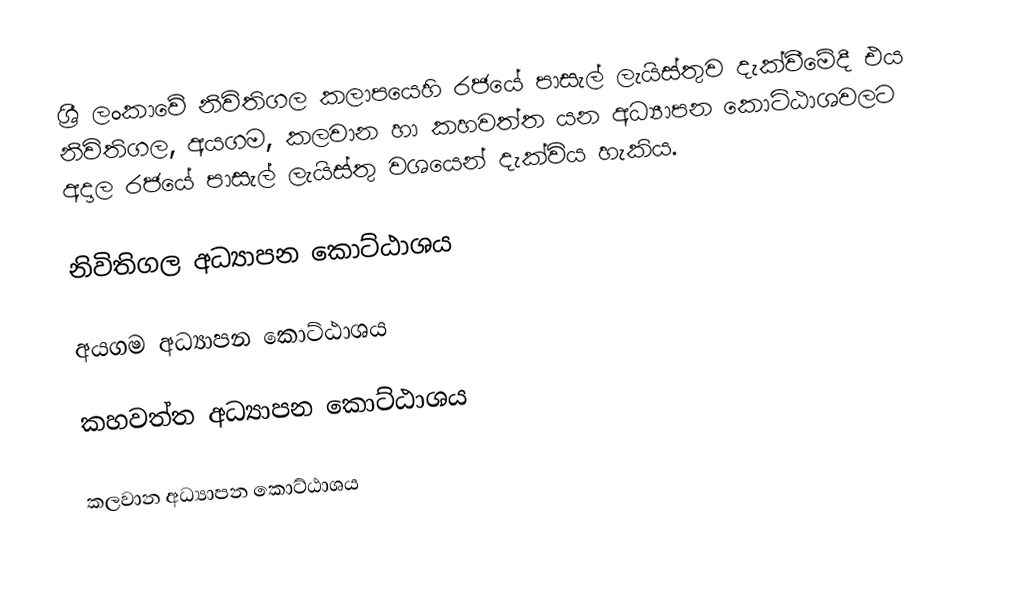
ශ්‍රී ලංකාවේ නිවිතිගල කලාපයෙහි රජයේ පාසැල් ලැයිස්තුව  දැක්වීමේදී  එය නිවිතිගල, අයගම, කලවාන හා කහවත්ත  යන අධ්‍යාපන කොට්ඨාශවලට අදාල රජයේ පාසැල් ලැයිස්තු වශයෙන් දැක්විය හැකිය.

නිවිතිගල අධ්‍යාපන කොට්ඨාශය

අයගම අධ්‍යාපන කොට්ඨාශය

කහවත්ත අධ්‍යාපන කොට්ඨාශය

කලවාන අධ්‍යාපන කොට්ඨාශය